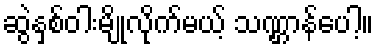
ဆွဲနှစ်ဝါးမျိုလိုက်မယ့် သဏ္ဌာန်ပေါ့။